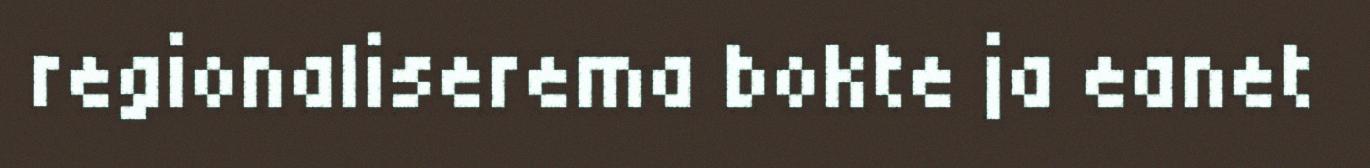
regionaliserema bokte ja eanet